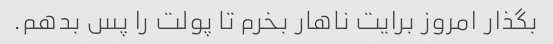
بگذار امروز برایت ناهار بخرم تا پولت را پس بدهم.